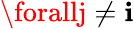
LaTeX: \forallj\ne\mathbf{i}